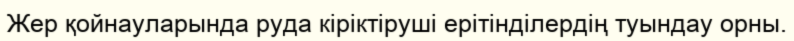
Жер қойнауларында руда кіріктіруші ерітінділердің туындау орны.